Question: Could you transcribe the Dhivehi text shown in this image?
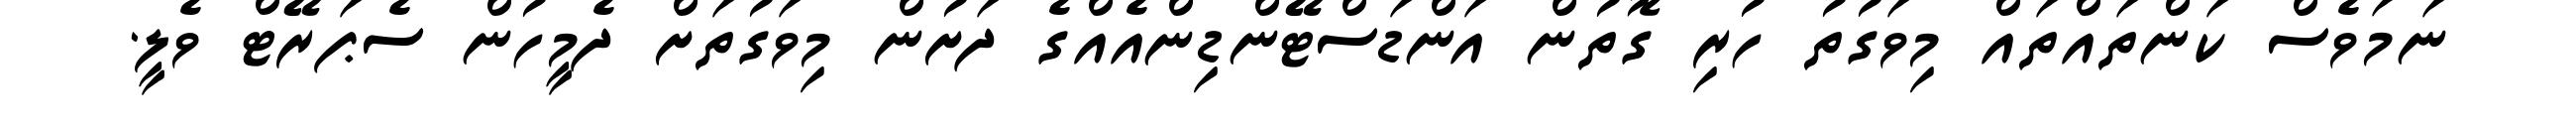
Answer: ނަމަވެސް ކަންތައްތައް މިވަގުތު ހުރި ގޮތުން އަންޑަސްޓޭންޑިންއެއްގެ ދަށުން މިވަގުތަށް ދެމީހުން ސެޕަރޭޓް ވެލީ.